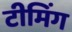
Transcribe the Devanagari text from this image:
टीमिंग